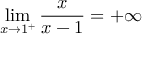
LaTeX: \operatorname* { l i m } _ { x \to 1 ^ { + } } { \frac { x } { x - 1 } } = + \infty